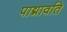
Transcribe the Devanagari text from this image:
पाद्मावति